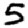
Digit: 5